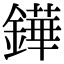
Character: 鏵